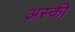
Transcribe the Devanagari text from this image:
अस्की